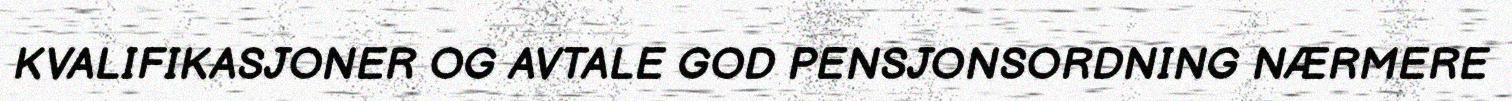
KVALIFIKASJONER OG AVTALE GOD PENSJONSORDNING NÆRMERE